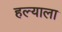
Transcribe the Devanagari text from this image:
हल्याला